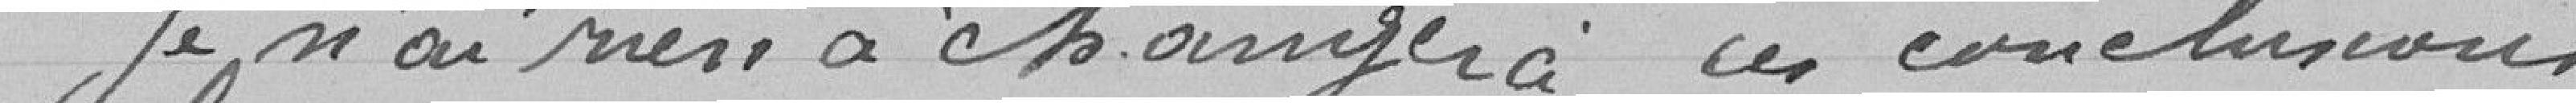
Je n'ai rien à changer à ces conclusions